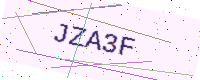
Text: JZA3F